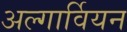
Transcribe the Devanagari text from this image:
अल्गार्वियन